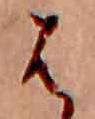
は